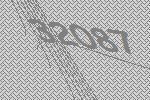
32087